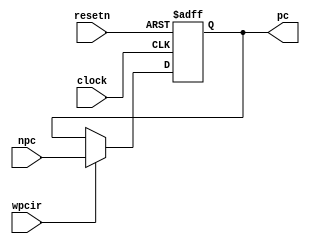
module pipepc( npc,wpcir,clock,resetn,pc );
input wire [31:0] npc;
input wpcir,clock,resetn;
output reg[31:0] pc;

always @(posedge clock or negedge resetn) 
begin
	if(~resetn) begin
		pc <= 0;
	end else 
	if(wpcir==1) begin
		pc <= npc ;
	end 
end

endmodule